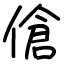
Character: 傖